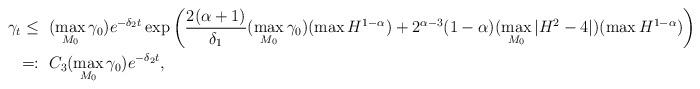
LaTeX: \begin{align*} \gamma_t\leq~ & (\max_{M_0}\gamma_0)e^{-\delta_2t}\exp\left(\frac{2(\alpha+1)}{\delta_1}(\max_{M_0}\gamma_0)(\max H^{1-\alpha})+2^{\alpha-3}(1-\alpha)(\max_{M_0}|H^2-4|)(\max H^{1-\alpha})\right)\\ =:~&C_3(\max_{M_0}\gamma_0)e^{-\delta_2t},\end{align*}